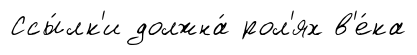
Ссы́лк'и должна́ рол'ях в'е́ка